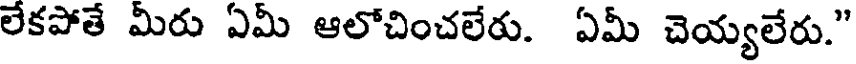
లేకపోతే మీరు ఏమీ ఆలోచించలేరు. ఏమీ చెయ్యలేరు."